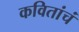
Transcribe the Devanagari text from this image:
कवितांचं